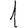
Digit: 1